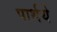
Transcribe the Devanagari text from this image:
पार्थये